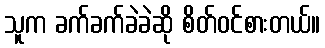
သူက ခက်ခက်ခဲခဲဆို စိတ်ဝင်စားတယ်။